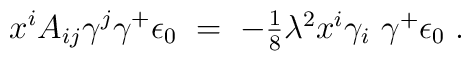
x^{i}A_{ij}\gamma^{j}\gamma^{+}\epsilon_{0} \;=\; -\textstyle{\frac{1}{8}}\lambda^{2} x^{i}\gamma_{i}\ \gamma^{+}\epsilon_{0} \; .